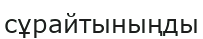
сұрайтыныңды